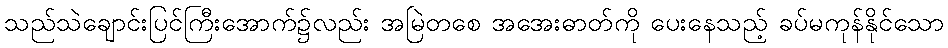
သည်သဲချောင်းပြင်ကြီးအောက်၌လည်း အမြဲတစေ အအေးဓာတ်ကို ပေးနေသည့် ခပ်မကုန်နိုင်သော